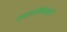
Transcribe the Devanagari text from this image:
एअरएशियाद्वारे